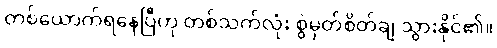
တစ်ယောက်ရနေပြီဟု တစ်သက်လုံး စွဲမှတ်စိတ်ချ သွားနိုင်၏။